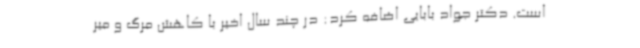
است. دکتر جواد بابایی اضافه کرد: در چند سال اخیر با کاهش مرگ و میر